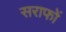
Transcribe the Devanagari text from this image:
सराफों